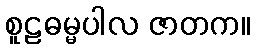
စူဠဓမ္မပါလ ဇာတက။